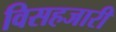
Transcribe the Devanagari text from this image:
विसहजारी